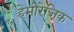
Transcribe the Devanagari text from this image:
हेमोरेजिक